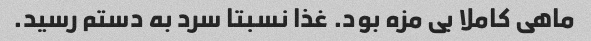
ماهی کاملا بی مزه بود. غذا نسبتا سرد به دستم رسید.